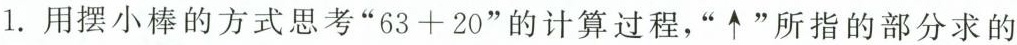
1.用摆小棒的方式思考”$$6 3 + 2 0$$”的计算过程，”↑”所指的部分求的